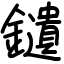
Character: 𨯯